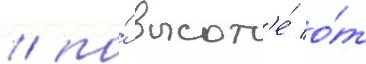
/ по́ высот'е́ о́т